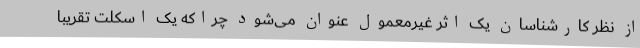
از نظر کارشناسان یک اثر غیرمعمول عنوان می‌شود چراکه یک اسکلت تقریبا